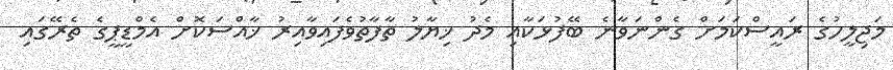
މަޖިލީހުގެ ރައީސްކަމަށް ގެންނަވާނެ ބޭފުޅަކާއި މެދު ޚިޔާލު ތާފާތުވެފައިވާއިރު ޚާއްސަކޮށް އެމްޑީޕީގެ ތެރޭގައި